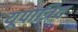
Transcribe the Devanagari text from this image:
यूपात्रिद